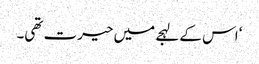
‘ اس کے لہجے میں حیرت تھی۔